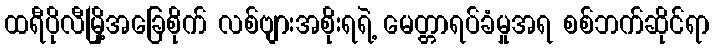
ထရီပိုလီမြို့အခြေစိုက် လစ်ဗျားအစိုးရရဲ့ မေတ္တာရပ်ခံမှုအရ စစ်ဘက်ဆိုင်ရာ